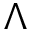
\Lambda